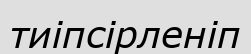
тиіпсірленіп